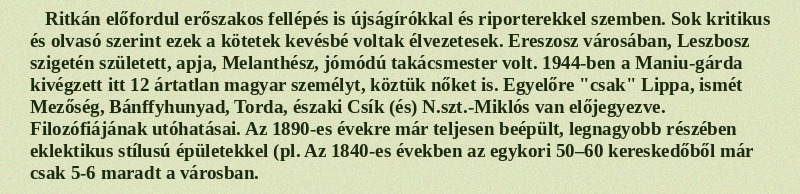
Ritkán előfordul erőszakos fellépés is újságírókkal és riporterekkel szemben. Sok kritikus és olvasó szerint ezek a kötetek kevésbé voltak élvezetesek. Ereszosz városában, Leszbosz szigetén született, apja, Melanthész, jómódú takácsmester volt. 1944-ben a Maniu-gárda kivégzett itt 12 ártatlan magyar személyt, köztük nőket is. Egyelőre "csak" Lippa, ismét Mezőség, Bánffyhunyad, Torda, északi Csík (és) N.szt.-Miklós van előjegyezve. Filozófiájának utóhatásai. Az 1890-es évekre már teljesen beépült, legnagyobb részében eklektikus stílusú épületekkel (pl. Az 1840-es években az egykori 50–60 kereskedőből már csak 5-6 maradt a városban.